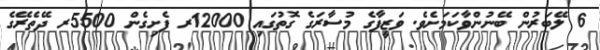
6 ލޭބަރުން ބޭނުންވާކަމަށެވެ. ވަޒީފާގެ މުސާރަގެ ގޮތުގައި 12000ރ ފެށިގެން 5500ރ ދޭތެރޭގެ